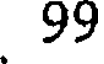
99